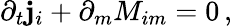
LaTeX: \partial_{t}\mathbf{j}_{i}+\partial_{m}M_{im}=0\, ,